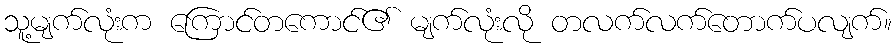
သူ့မျက်လုံးက ကြောင်တကောင်၏ မျက်လုံးလို တလက်လက်တောက်ပလျက်။